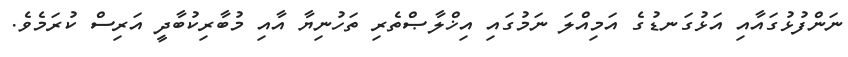
ނަންފުޅުގައާއި އަޅުގަނޑުގެ އަމިއްލަ ނަމުގައި އިޚްލާޞްތެރި ތަހުނިޔާ އާއި މުބާރިކުބާދީ އަރިސް ކުރަމެވެ.